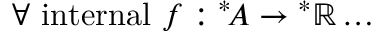
\forall { \mathrm { ~ i n t e r n a l ~ } } f : { ^ { * } \! A } \rightarrow { ^ { * } \mathbb { R } } \dots